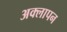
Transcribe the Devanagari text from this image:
अक्लापन